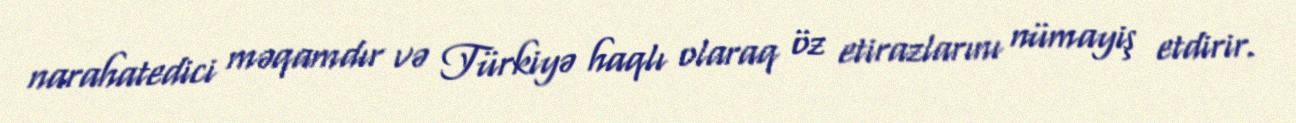
narahatedici məqamdır və Türkiyə haqlı olaraq öz etirazlarını nümayiş etdirir.